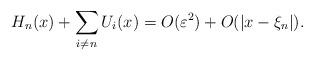
LaTeX: \begin{align*}H_{n}(x)+\sum_{i\neq n}U_{i}(x)=O(\varepsilon^{2})+O(|x-\xi_{n}|).\end{align*}